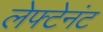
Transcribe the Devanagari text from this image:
लेफ्टेनंट